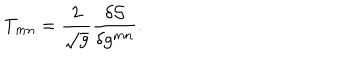
T _ { m n } = \frac { 2 } { \sqrt { g } } \frac { \delta { \mathcal { S } } } { \delta g ^ { m n } } .